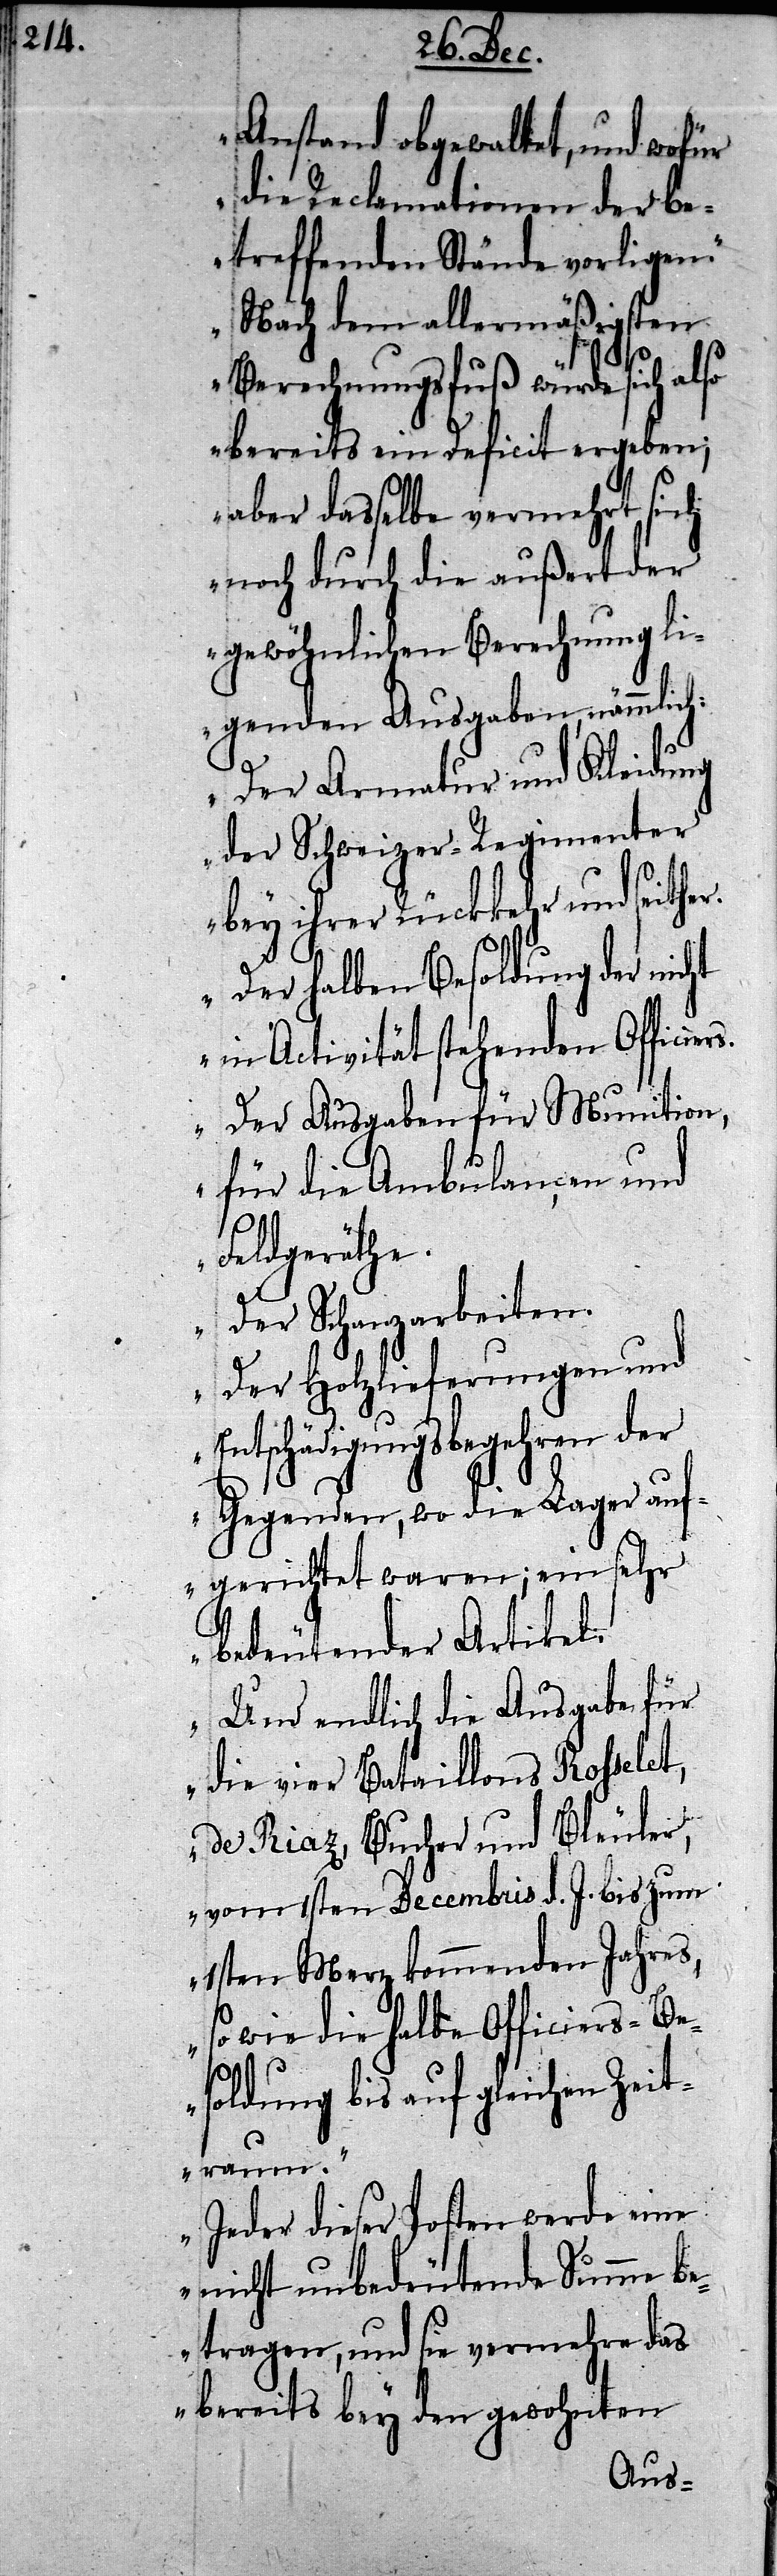
Anstand obgewaltet, und wofür
die Reclamationen der be¬
treffenden Stände vorligen.
Nach dem allermäßigsten
Verrechnungsfuß würde sich also
bereits ein Deficit ergeben;
aber dasselbe vermehrt sich
noch durch die außert der
gewöhnlichen Berechnung li¬
genden Ausgaben, nämmlich:
Der Armatur und Kleidung
der Schweizer-Regimenter
bey ihrer Rückkehr und seith¬
Der halben Besoldung der nicht
in Activität stehenden Officier¬
Der Ausgaben für Munition,
für die Ambulançen und
Feldgeräthe.
Der Schanzarbeiten.
Der Holzlieferungen und
Entschädigungsbegehren der
Gegenden, wo die Lager auf¬
gerichtet waren; ein sehr
bedeutender Artikel.
Und endlich die Ausgabe für
die vier Bataillons Rosselet,
de Riaz, Bucher und Bleuler,
vom 1sten Decembris d. J. bis zum
1sten Merz kommenden Jahres,
sowie die halbe Officiers-Be¬
soldung bis auf gleichen Zeit¬
raum.
Jeder dieser Posten werde eine
nicht unbedeutende Summe b¬
etragen, und sie vermehre das
bereits bey den gewohnten
s.